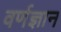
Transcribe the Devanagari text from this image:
वर्णज्ञान